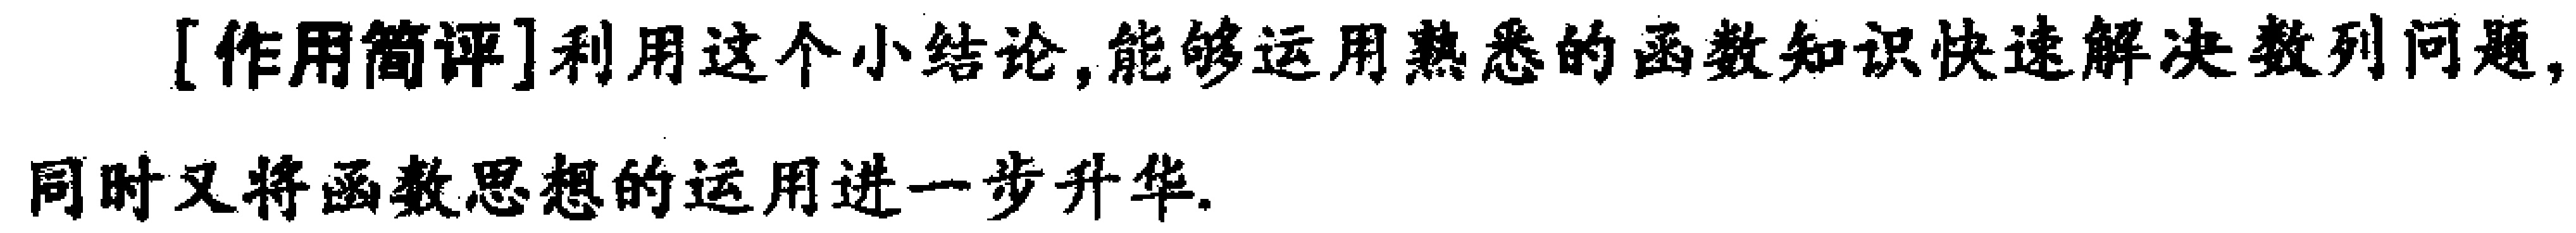
[作用简评]利用这个小结论,能够运用熟悉的函数知识快速解决数列问题,同时又将函数思想的运用进一步升华.